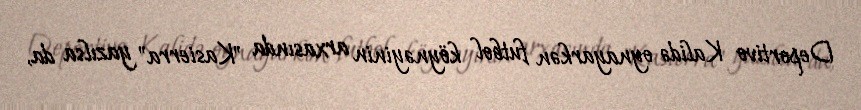
Deportivo Kalidə oynayarkən futbol köynəyinin arxasında "Kasierra" yazılsa da,